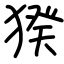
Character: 猤